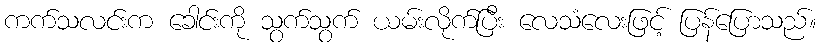
ကက်သလင်းက ခေါင်းကို သွက်သွက် ယမ်းလိုက်ပြီး လေသံလေးဖြင့် ပြန်ပြောသည်။